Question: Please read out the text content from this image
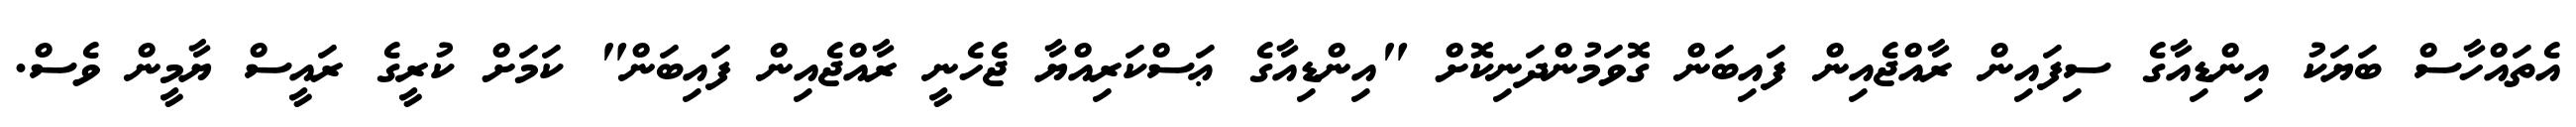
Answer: އެތައްހާސް ބަޔަކު އިންޑިއާގެ ސިފައިން ރާއްޖެއިން ފައިބަން ގޮވަމުންދަނިކޮށް "އިންޑިއާގެ ޢަސްކަރިއްޔާ ޖެހެނީ ރާއްޖެއިން ފައިބަން" ކަމަށް ކުރީގެ ރައީސް ޔާމީން ވެސް.